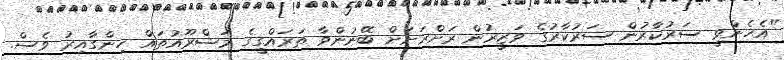
"އެހެންވީ ސަރުކާރުން ސަރުކާރުގެ ވަޒީރުން ރަށްރަށަށް ބޭނުންވާ ތަރައްގީގެ މަޝްރޫއުތައް ހިންގާއިރު ވެސް.